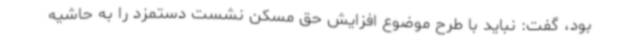
بود، گفت: نباید با طرح موضوع افزایش حق مسکن نشست دستمزد را به حاشیه